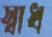
স্বাধ